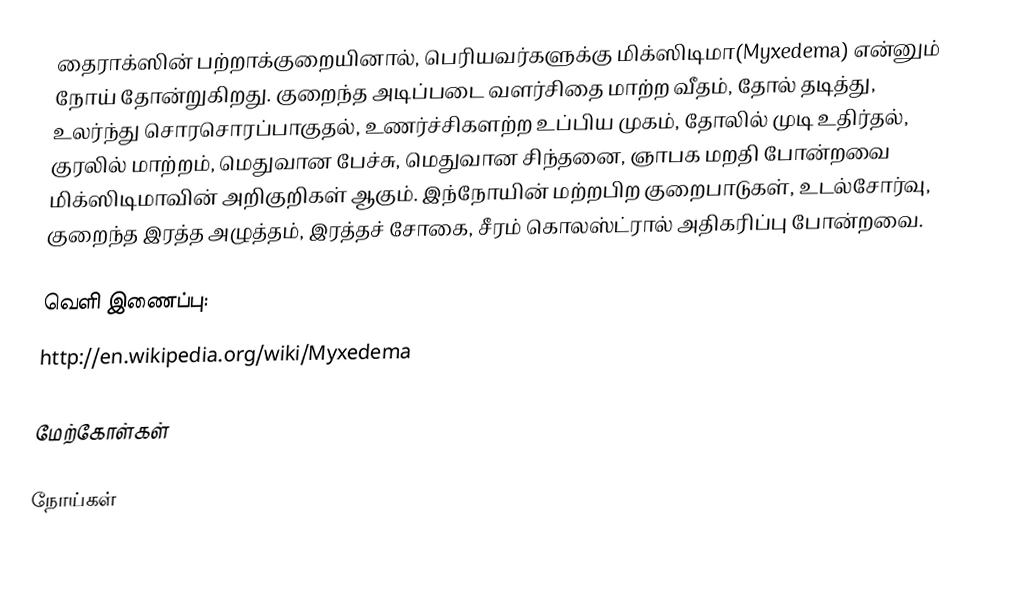
தைராக்ஸின் பற்றாக்குறையினால், பெரியவர்களுக்கு மிக்ஸிடிமா(Myxedema) என்னும் நோய் தோன்றுகிறது. குறைந்த அடிப்படை வளர்சிதை மாற்ற வீதம், தோல் தடித்து, உலர்ந்து சொரசொரப்பாகுதல், உணர்ச்சிகளற்ற உப்பிய முகம், தோலில் முடி உதிர்தல், குரலில் மாற்றம், மெதுவான பேச்சு, மெதுவான சிந்தனை, ஞாபக மறதி போன்றவை மிக்ஸிடிமாவின் அறிகுறிகள் ஆகும். இந்நோயின் மற்றபிற குறைபாடுகள், உடல்சோர்வு, குறைந்த இரத்த அழுத்தம், இரத்தச் சோகை, சீரம் கொலஸ்ட்ரால் அதிகரிப்பு போன்றவை.

வெளி இணைப்பு:
http://en.wikipedia.org/wiki/Myxedema

மேற்கோள்கள்

நோய்கள்